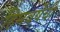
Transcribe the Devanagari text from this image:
हिमवर्षेची